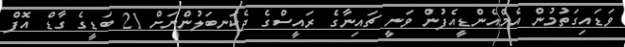
ވަޑައިގަތުމުން އެމްއެންޑީއެފުން ވަނީ ޗައިނާގެ ރައީސްގެ ދެކަނބަލުންނަށް 21 ބަޑީގެ ގާޑް އޮފް